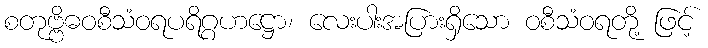
စတုဗ္ဗိဓဝစီသံဝရပရိဂ္ဂဟဋ္ဌော၊ လေးပါးအပြားရှိသော ဝစီသံဝရတို့ ဖြင့်